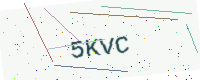
Text: 5KVC